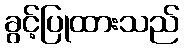
ခွင့်ပြုထားသည်